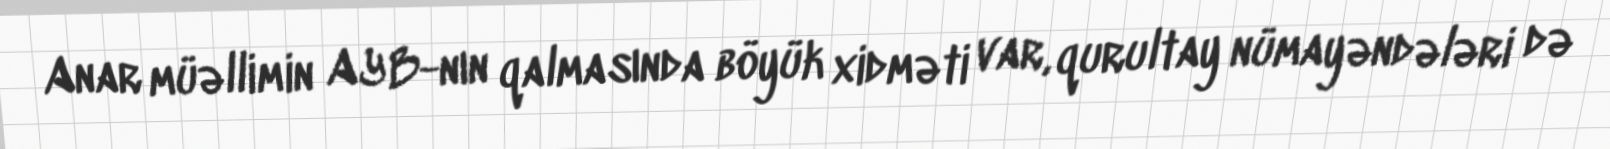
Anar müəllimin AYB-nın qalmasında böyük xidməti var, qurultay nümayəndələri də